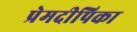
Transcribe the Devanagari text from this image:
प्रेमदीपिका